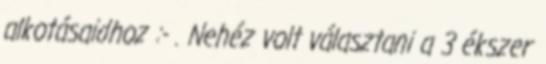
alkotásaidhoz :- . Nehéz volt választani a 3 ékszer